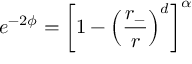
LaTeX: e ^ { - 2 \phi } = \left[ 1 - \left( \frac { r _ { - } } { r } \right) ^ { d } \right] ^ { \alpha }